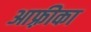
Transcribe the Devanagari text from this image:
आफ़्रीका